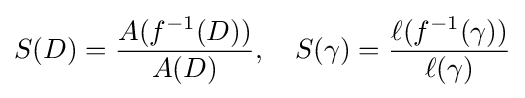
S(D)={\frac {A(f^{-1}(D))}{A(D)}},\quad S(\gamma )={\frac {\ell (f^{-1}(\gamma ))}{\ell (\gamma )}}